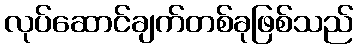
လုပ်ဆောင်ချက်တစ်ခုဖြစ်သည်